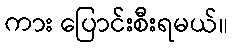
ကား ပြောင်းစီးရမယ်။